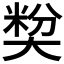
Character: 𡙢